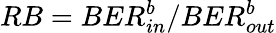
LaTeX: RB=BER_{in}^{b}/BER_{out}^{b}